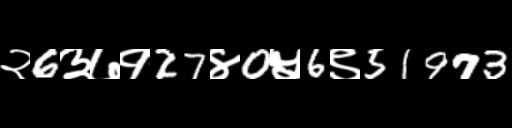
Text: २6३७१27४0५6९51973